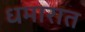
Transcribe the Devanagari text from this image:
धमारात